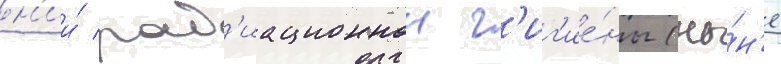
н'ии́ рад'иационнои г'иг'ие́ны (ны́н'е